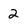
Character: 2